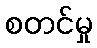
စတင်မှု